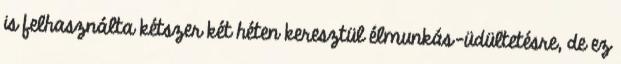
is felhasználta kétszer két héten keresztül élmunkás-üdültetésre, de ez